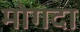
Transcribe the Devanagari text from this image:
मोगदा